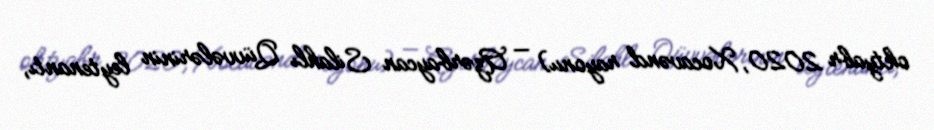
oktyabr 2020, Xocavənd rayonu) — Azərbaycan Silahlı Qüvvələrinin leytenantı,